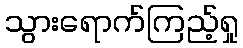
သွားရောက်ကြည့်ရှု